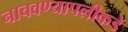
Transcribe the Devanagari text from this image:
नाचवण्यापलीकडे